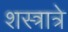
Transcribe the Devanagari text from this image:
शस्त्रात्रे